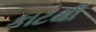
કાટથી